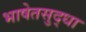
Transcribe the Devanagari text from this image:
भाषेतसुद्धा